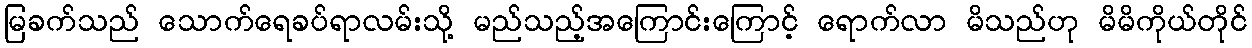
မြခက်သည် သောက်ရေခပ်ရာလမ်းသို့ မည်သည့်အကြောင်းကြောင့် ရောက်လာ မိသည်ဟု မိမိကိုယ်တိုင်